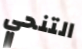
التنحي